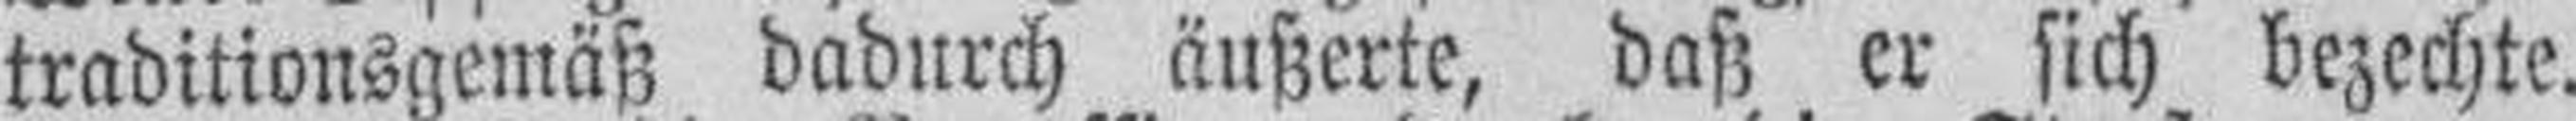
traditionsgemäß dadurch äußerte, daß er sich bezechte.